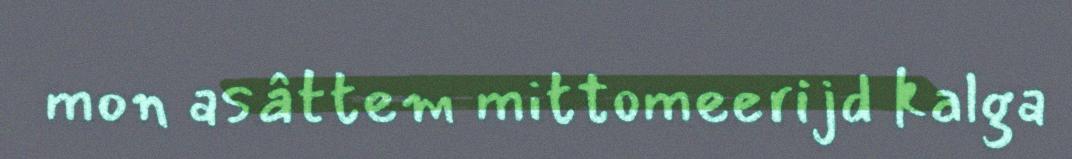
mon asâttem mittomeerijd kalga